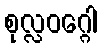
စုလ္လဝဂ္ဂေါ